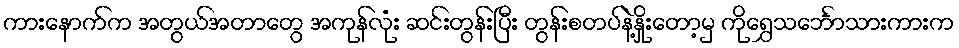
ကားနောက်က အတွယ်အတာတွေ အကုန်လုံး ဆင်းတွန်းပြီး တွန်းစတပ်နဲ့နှိုးတော့မှ ကိုရွှေသင်္ဘောသားကားက